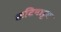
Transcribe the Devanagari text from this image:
कटियाट्टम